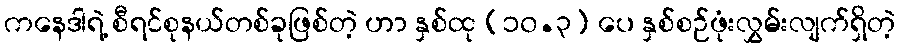
ကနေဒါရဲ့ စီရင်စုနယ်တစ်ခုဖြစ်တဲ့ ဟာ နှစ်ထု (၁၀.၃) ပေ နှစ်စဉ်ဖုံးလွှမ်းလျက်ရှိတဲ့